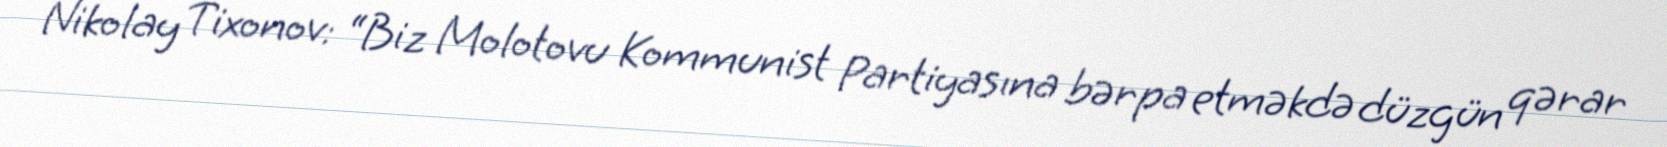
Nikolay Tixonov: “Biz Molotovu Kommunist Partiyasına bərpa etməkdə düzgün qərar